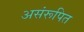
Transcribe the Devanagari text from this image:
असंरूपित